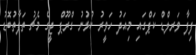
ފިފާ ވަރލްޑް ކަޕްގައި މިއަދު ހަވީރު ކުޅުނު ގްރޫޕް ޖީގެ މެޗު ތަފާތުބޮޑު